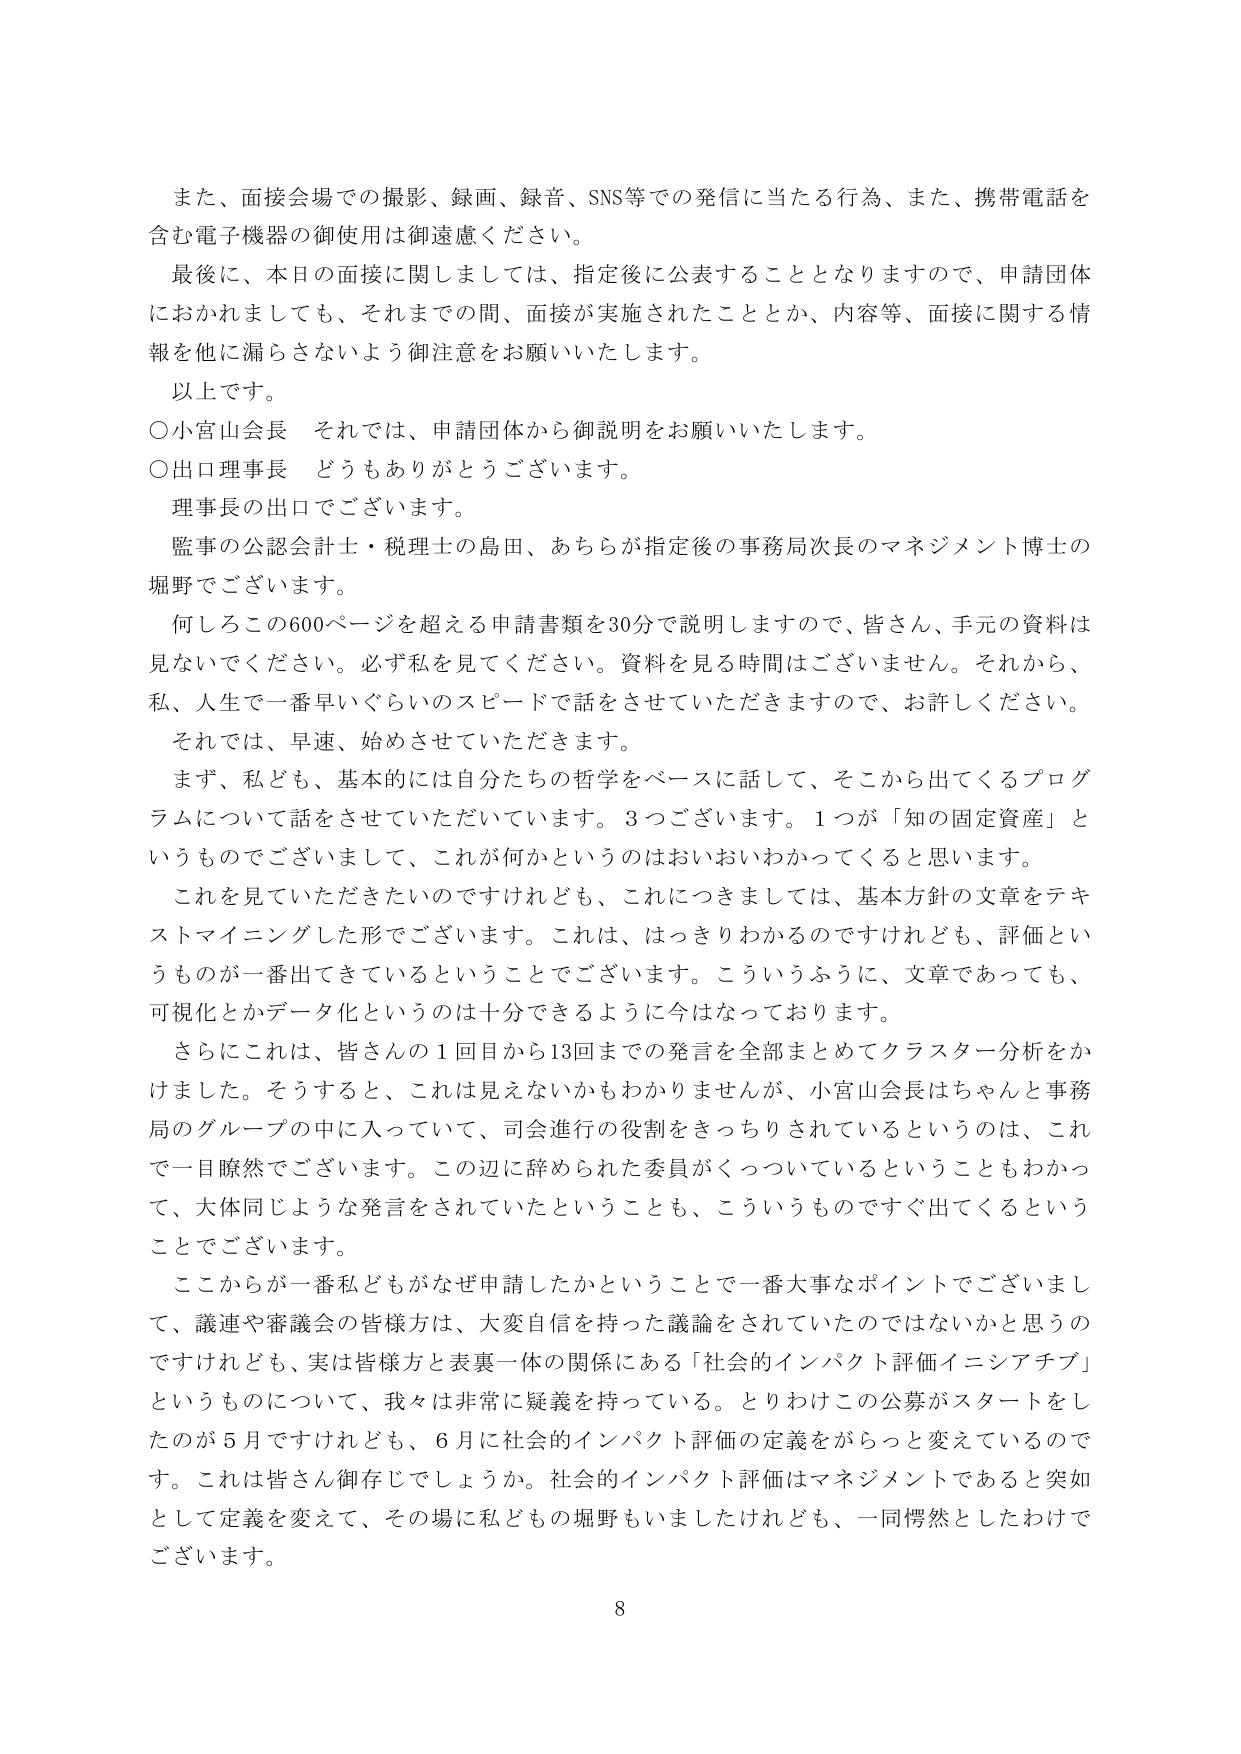
また、面接会場での撮影、録画、録音、SNS等での発信に当たる行為、また、携帯電話を含む電子機器の御使用は御遠慮ください。

最後に、本日の面接に関しましては、指定後に公表することとなりますので、申請団体におかれましても、それまでの間、面接が実施されたこととか、内容等、面接に関する情報を他に漏らさないよう御注意をお願いいたします。

以上です。

○小宮山会長　それでは、申請団体から御説明をお願いいたします。

○出口理事長　どうもありがとうございます。

理事長の出口でございます。

監事の公認会計士・税理士の島田、あちらが指定後の事務局次長のマネジメント博士の堀野でございます。

何しろこの600ページを超える申請書類を30分で説明しますので、皆さん、手元の資料は見ないでください。必ず私を見てください。資料を見る時間はございません。それから、私、人生で一番早いぐらいのスピードで話をさせていただきますので、お許しください。

それでは、早速、始めさせていただきます。

まず、私ども、基本的には自分たちの哲学をベースに話して、そこから出てくるプログラムについて話をさせていただいています。3つございます。1つが「知の固定資産」というものでございまして、これが何かというのはおいおいわかってくると思います。

これを見ていただきたいのですけれども、これにつきましては、基本方針の文章をテキストマイニングした形でございます。これは、はっきりわかるのですけれども、評価というものが一番出てきているということでございます。こういうふうに、文章であっても、可視化とかデータ化というのは十分できるように今はなっております。

さらにこれは、皆さんの1回目から13回までの発言を全部まとめてクラスター分析をかけました。そうすると、これは見えないかもわかりませんが、小宮山会長はちゃんと事務局のグループの中に入っていて、司会進行の役割をきっちりされているというのは、これで一目瞭然でございます。この辺に辞められた委員がくっついているということもわかって、大体同じような発言をされていたということも、こういうものですぐ出てくるということでございます。

ここからが一番私どもがなぜ申請したかということで一番大事なポイントでございまして、議連や審議会の皆様方は、大変自信を持った議論をされていたのではないかと思うのですけれども、実は皆様方と表裏一体の関係にある「社会的インパクト評価イニシアチブ」というものについて、我々は非常に疑義を持っている。とりわけこの公募がスタートをしたのが5月ですけれども、6月に社会的インパクト評価の定義ががらっと変えているのです。これは皆さん御存じでしょうか。社会的インパクト評価はマネジメントであると突如として定義を変えて、その場に私どもの堀野もいましたけれども、一同愕然としたわけでございます。

8